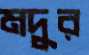
মদুর